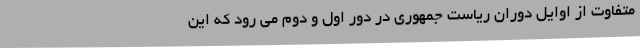
متفاوت از اوایل دوران ریاست جمهوری در دور اول و دوم می رود که این